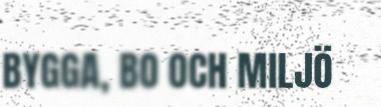
BYGGA, BO OCH MILJÖ